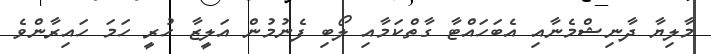
މާލިޔާ ދާނިޝްމެނާއި އެބަހައްޓާ ގާތްކަމާއި ލޯބި ފެނުމުން އަލީޒާ ހުރީ ހަމަ ހައިރާންވެ